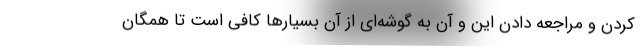
کردن و مراجعه دادن این و آن به گوشه‌ای از آن بسیارها کافی است تا همگان